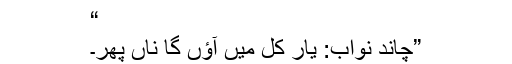
“
”چاند نواب: یار کل میں آؤں گا ناں پھر۔